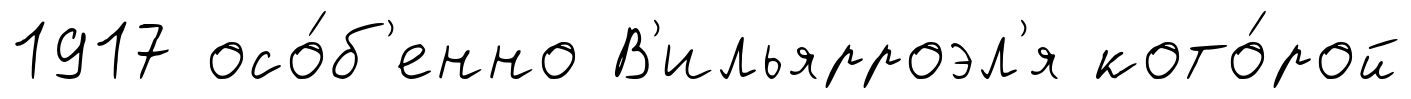
1917 осо́б'енно В'ильярроэл'я кото́рой